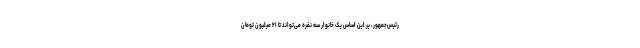
رئیس‌جمهور، بر این اساس یک خانوار سه نفره می‌تواند تا ۲۱ میلیون تومان